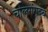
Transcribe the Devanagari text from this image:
चोलगंगदेव